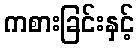
ကစားခြင်းနှင့်